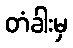
တံခါးမှ